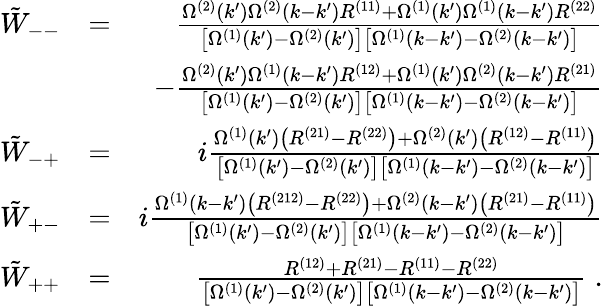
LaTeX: \begin{array}{rlr}{\tilde{W}_{--}}&{=}&{\frac{\Omega^{(2)}(k^{\prime})\Omega^{(2)}(k-k^{\prime})R^{(11)}+\Omega^{(1)}(k^{\prime})\Omega^{(1)}(k-k^{\prime})R^{(22)}}{\left[\Omega^{(1)}(k^{\prime})-\Omega^{(2)}(k^{\prime})\right]\left[\Omega^{(1)}(k-k^{\prime})-\Omega^{(2)}(k-k^{\prime})\right]}}\\ &{}&{-\frac{\Omega^{(2)}(k^{\prime})\Omega^{(1)}(k-k^{\prime})R^{(12)}+\Omega^{(1)}(k^{\prime})\Omega^{(2)}(k-k^{\prime})R^{(21)}}{\left[\Omega^{(1)}(k^{\prime})-\Omega^{(2)}(k^{\prime})\right]\left[\Omega^{(1)}(k-k^{\prime})-\Omega^{(2)}(k-k^{\prime})\right]}}\\ {\tilde{W}_{-+}}&{=}&{i\frac{\Omega^{(1)}(k^{\prime})\left(R^{(21)}-R^{(22)}\right)+\Omega^{(2)}(k^{\prime})\left(R^{(12)}-R^{(11)}\right)}{\left[\Omega^{(1)}(k^{\prime})-\Omega^{(2)}(k^{\prime})\right]\left[\Omega^{(1)}(k-k^{\prime})-\Omega^{(2)}(k-k^{\prime})\right]}}\\ {\tilde{W}_{+-}}&{=}&{i\frac{\Omega^{(1)}(k-k^{\prime})\left(R^{(212)}-R^{(22)}\right)+\Omega^{(2)}(k-k^{\prime})\left(R^{(21)}-R^{(11)}\right)}{\left[\Omega^{(1)}(k^{\prime})-\Omega^{(2)}(k^{\prime})\right]\left[\Omega^{(1)}(k-k^{\prime})-\Omega^{(2)}(k-k^{\prime})\right]}}\\ {\tilde{W}_{++}}&{=}&{\frac{R^{(12)}+R^{(21)}-R^{(11)}-R^{(22)}}{\left[\Omega^{(1)}(k^{\prime})-\Omega^{(2)}(k^{\prime})\right]\left[\Omega^{(1)}(k-k^{\prime})-\Omega^{(2)}(k-k^{\prime})\right]}\; .}\end{array}